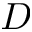
D